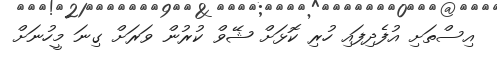
އިސްތަށި އުފެދިފައި ހުރި ކޮޅަށް ޝޭވް ކުރުން ވަރަށް ގިނަ މީހުނަށް